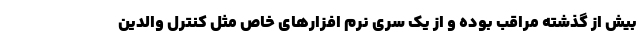
بیش از گذشته مراقب بوده و از یک سری نرم افزارهای خاص مثل کنترل والدین